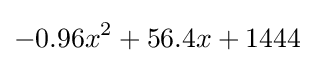
-0.96x^{2}+56.4x+1444